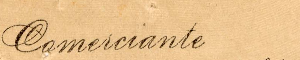
Comeiciante